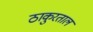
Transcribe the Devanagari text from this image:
ठाकुरताल